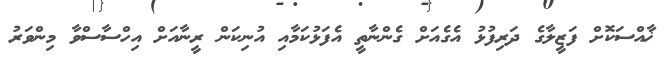
ޚާއްސަކޮށް ފަޒީލާގެ ދަރިފުޅު އެގެއަށް ގެންނާތީ އެފަޅުކަމާއި އުނިކަން ރީނާއަށް އިހްސާސްވާ މިންވަރު